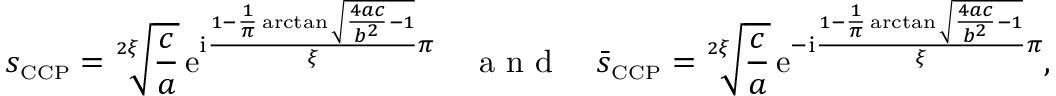
s _ { \scriptscriptstyle { \mathrm { C C P } } } = \sqrt [ 2 \xi ] { \frac { c } { a } } \, \mathrm { e } ^ { \mathrm { i } \frac { 1 - \frac { 1 } { \pi } \arctan \sqrt { \frac { 4 a c } { b ^ { 2 } } - 1 } } { \xi } \pi } \quad \mathrm { ~ a ~ n ~ d ~ } \quad \bar { s } _ { \scriptscriptstyle { \mathrm { C C P } } } = \sqrt [ 2 \xi ] { \frac { c } { a } } \, \mathrm { e } ^ { - \mathrm { i } \frac { 1 - \frac { 1 } { \pi } \arctan \sqrt { \frac { 4 a c } { b ^ { 2 } } - 1 } } { \xi } \pi } ,